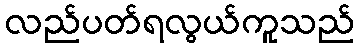
လည်ပတ်ရလွယ်ကူသည်